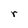
Character: r